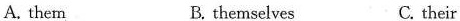
A. them B. themselves C. their